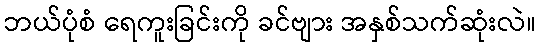
ဘယ်ပုံစံ ရေကူးခြင်းကို ခင်ဗျား အနှစ်သက်ဆုံးလဲ။